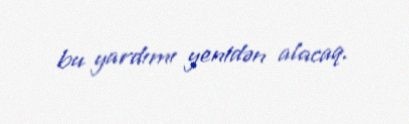
bu yardımı yenidən alacaq.